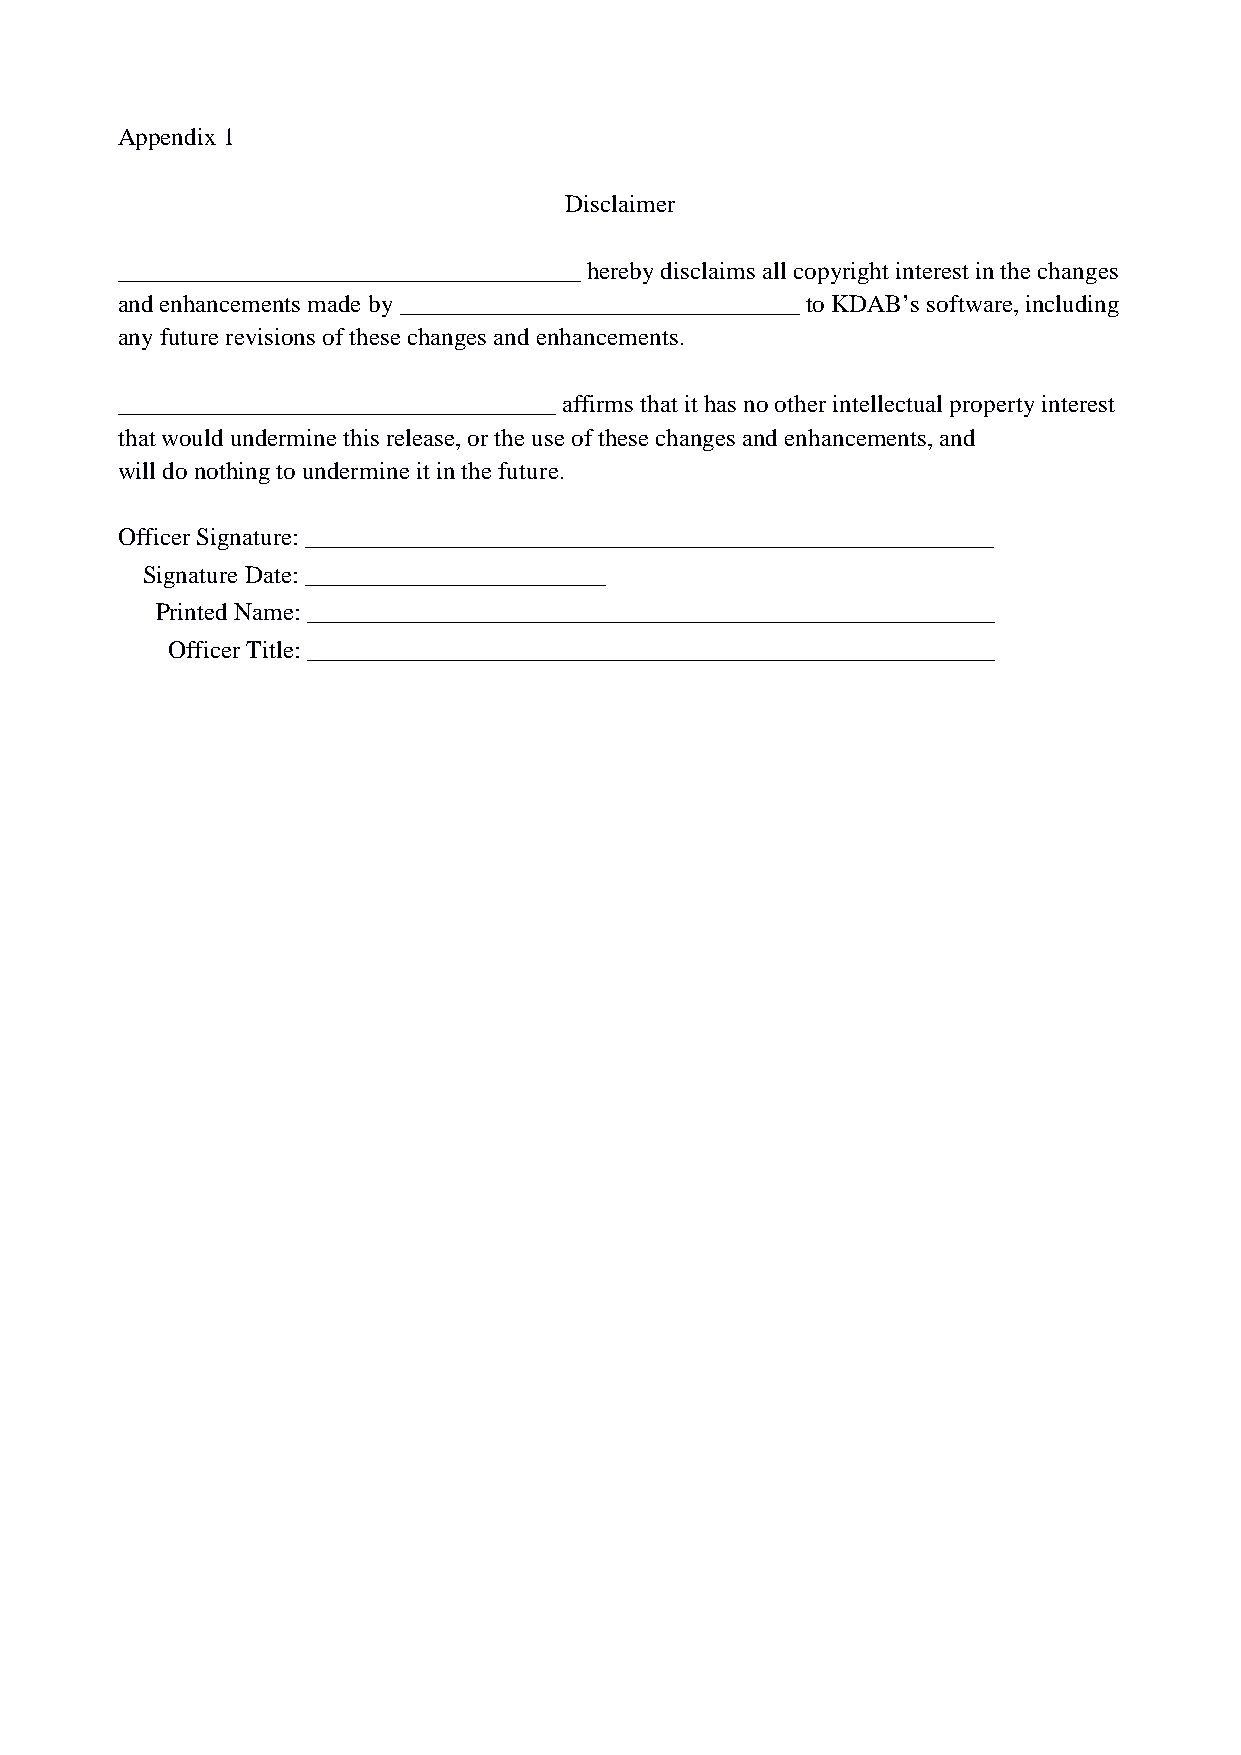
Appendix 1
 Disclaimer
 _____________________________________ hereby disclaims all copyright interest in the changes
 and enhancements made by ________________________________ to KDAB’s software, including
 any future revisions of these changes and enhancements.
 ___________________________________ affirms that it has no other intellectual property interest
 that would undermine this release, or the use of these changes and enhancements, and
 will do nothing to undermine it in the future.
 Officer Signature: _______________________________________________________
 Signature Date: ________________________
 Printed Name: _______________________________________________________
 Officer Title: _______________________________________________________